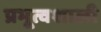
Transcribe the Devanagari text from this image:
प्रभूत्वशाली